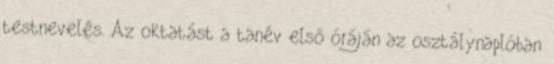
testnevelés. Az oktatást a tanév első óráján az osztálynaplóban